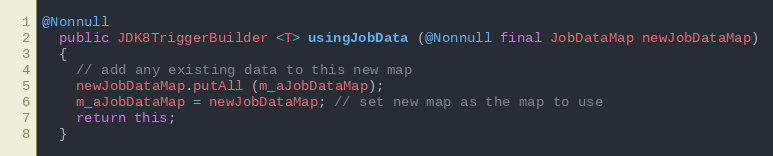
Language: Java
@Nonnull
  public JDK8TriggerBuilder <T> usingJobData (@Nonnull final JobDataMap newJobDataMap)
  {
    // add any existing data to this new map
    newJobDataMap.putAll (m_aJobDataMap);
    m_aJobDataMap = newJobDataMap; // set new map as the map to use
    return this;
  }